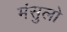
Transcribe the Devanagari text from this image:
मंसुलो